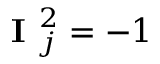
\textbf { I } _ { j } ^ { 2 } = - 1